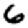
Digit: 6